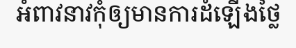
អំពាវនាវកុំឲ្យមានការដំឡើងថ្លៃ